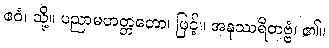
ဧဝံ၊ သို့။ ပညာမဟတ္တတော၊ ဖြင့်။ အနုဿရိတဗ္ဗံ၊ ၏။